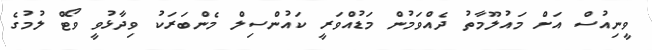
ވީނިއުސް އަށް މައުލޫމާތު ދެއްވަމުން މަޑުއްވަރީ ކައުންސިލް މެންބަރަކު ވިދާޅުވީ ވޯޓް ލުމުގެ